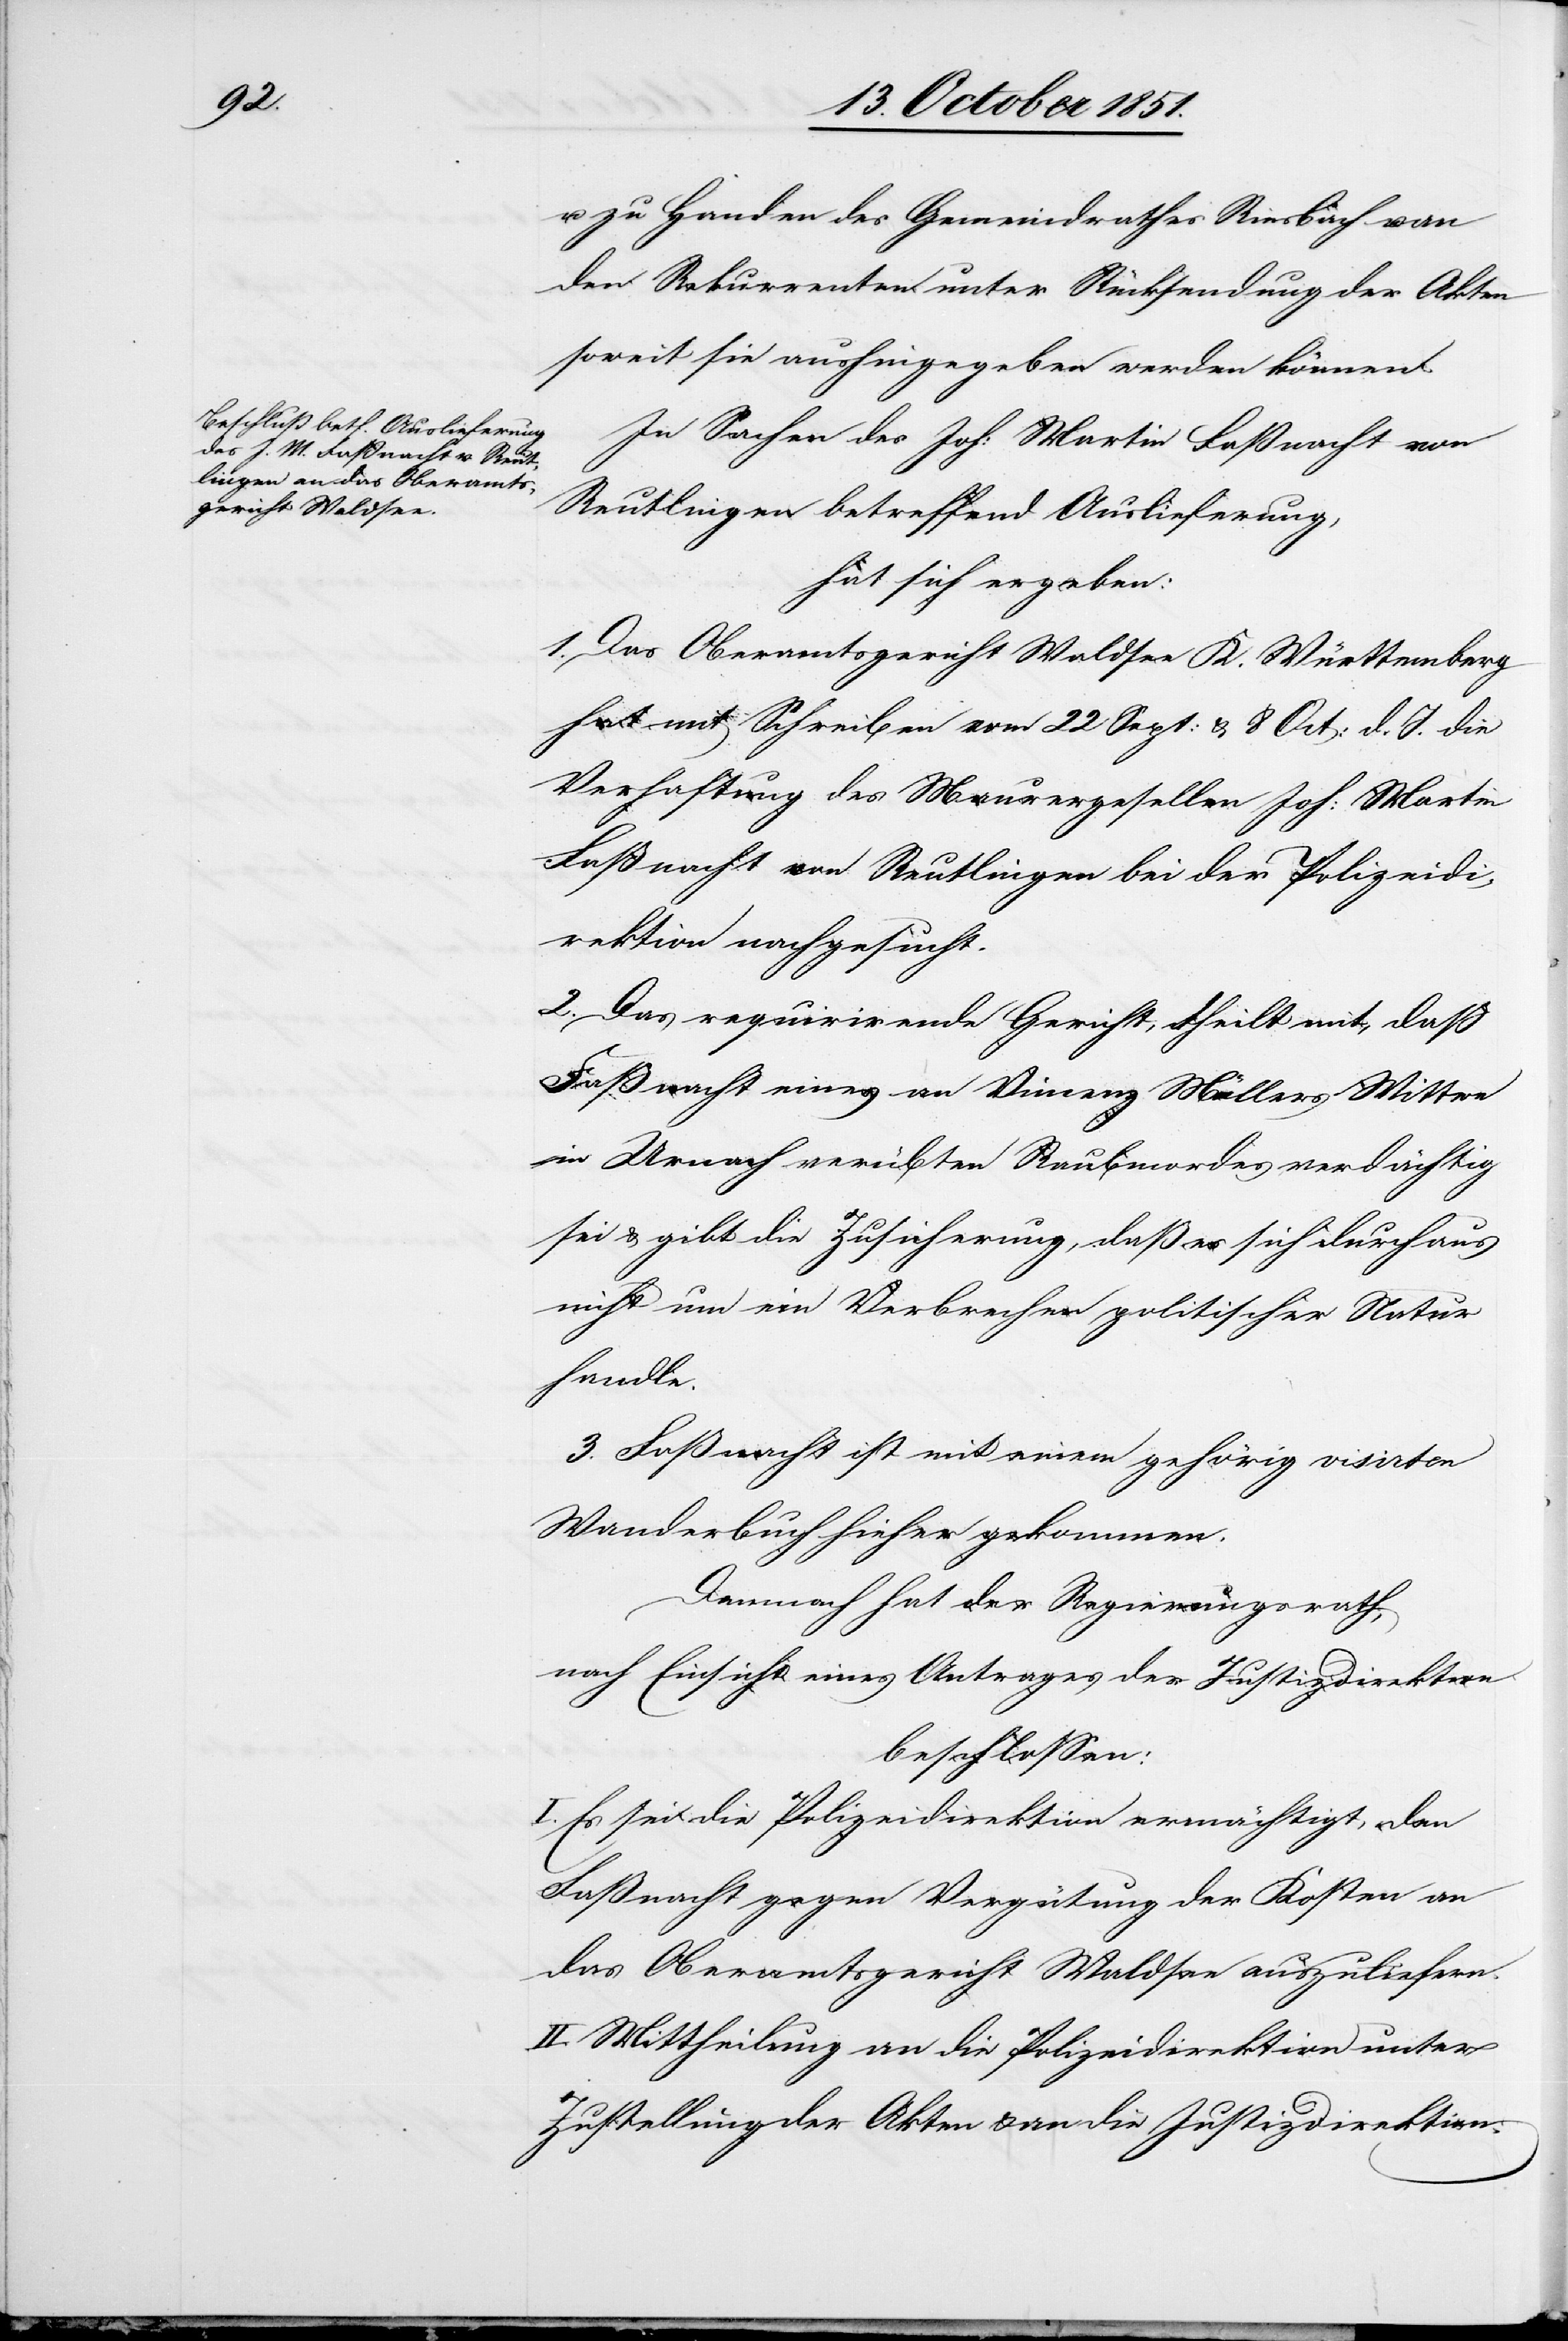
u. zu Handen des Gemeindrathes Riesbach u. an
den Rekurrenten unter Rücksendung der Akten
soweit sie aushingegeben werden können.
In Sachen des Joh: Martin Faßnacht von
Reutlingen betreffend Auslieferung,
hat sich ergeben:
1. Das Oberamtsgericht Waldsee K. Württemberg
hat mit Schreiben vom 22 Sept: & 8 Oct: d. J. die
Verhaftung des Maurergesellen Joh: Martin
Faßnacht von Reutlingen bei der Polizeidi¬
rektion nachgesucht.
2. Das requirirende Gericht, theilt mit, daß
Faßnacht eines an Vincenz Müllers Wittwe
in Urnach verübten Raubmordes verdächtig
sei & gibt die Zusicherung, daß es sich durchaus
nicht um ein Verbrechen politischer Natur
handle.
3. Faßnacht ist mit einem gehörig visirten
Wanderbuch hieher gekommen.
Demnach hat der Regierungsrath,
nach Einsicht eines Antrages der Justizdirektion
beschlossen:
I. Es sei die Polizeidirektion ermächtigt, den
Faßnacht gegen Vergütung der Kosten an
das Oberamtsgericht Waldsee auszuliefern.
II. Mittheilung an die Polizeidirektion unter
Zustellung der Akten & an die Justizdirektion.